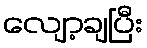
လျော့ချပြီး